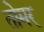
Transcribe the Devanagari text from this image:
तोमर्